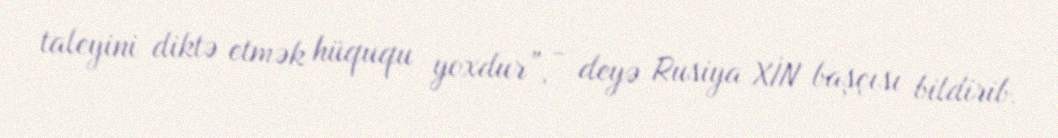
taleyini diktə etmək hüququ yoxdur”, - deyə Rusiya XİN başçısı bildirib.